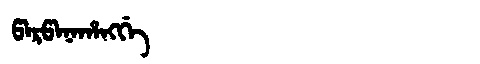
Manchu: ᡦᠠᡵᡦᠠᠨᠠᡥᠠᠩᡤᡝ
Romanization: PARPANAHANGGE